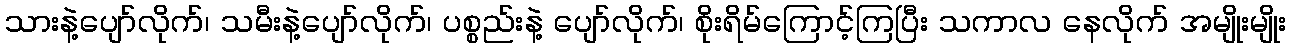
သားနဲ့ပျော်လိုက်၊ သမီးနဲ့ပျော်လိုက်၊ ပစ္စည်းနဲ့ ပျော်လိုက်၊ စိုးရိမ်ကြောင့်ကြပြီး သကာလ နေလိုက် အမျိုးမျိုး